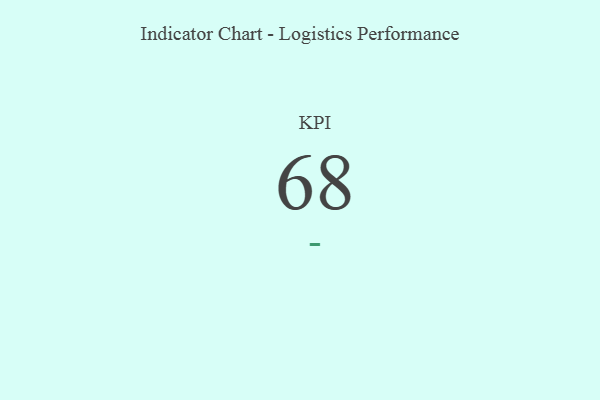
{"axis": {"x": "KPI", "y": "Value"}, "legend": [""], "data": [{"x": "KPI", "y": 68, "type": ""}]}